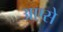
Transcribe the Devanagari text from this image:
अएसे